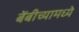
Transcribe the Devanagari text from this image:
बेंबीच्यामध्ये